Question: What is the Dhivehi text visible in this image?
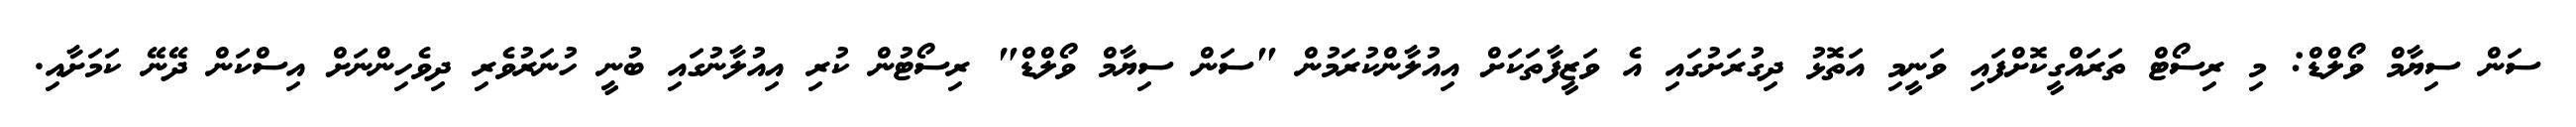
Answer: ސަން ސިޔާމް ވޯލްޑް: މި ރިސޯޓް ތަރައްގީކޮށްފައި ވަނީމި އަތޮޅު ދިގުރަށުގައި އެ ވަޒީފާތަކަށް އިއުލާންކުރަމުން "ސަން ސިޔާމް ވޯލްޑް" ރިސޯޓުން ކުރި އިއުލާނުގައި ބުނީ ހުނަރުވެރި ދިވެހިންނަށް އިސްކަން ދޭނޭ ކަމަށާއި.